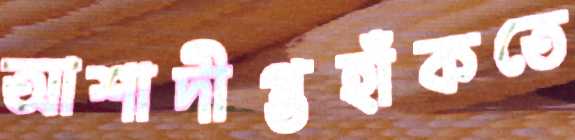
আশাদীপ্তহাঁকতে